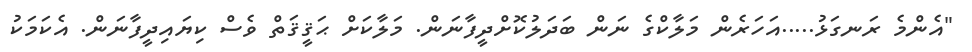
"އެންމެ ރަނގަޅު.....އަހަރެން މަލާކްގެ ނަން ބަދަލުކޮށްދީފާނަން. މަލާކަށް ޙަޤީޤަތް ވެސް ކިޔައިދީފާނަން. އެކަމަކު